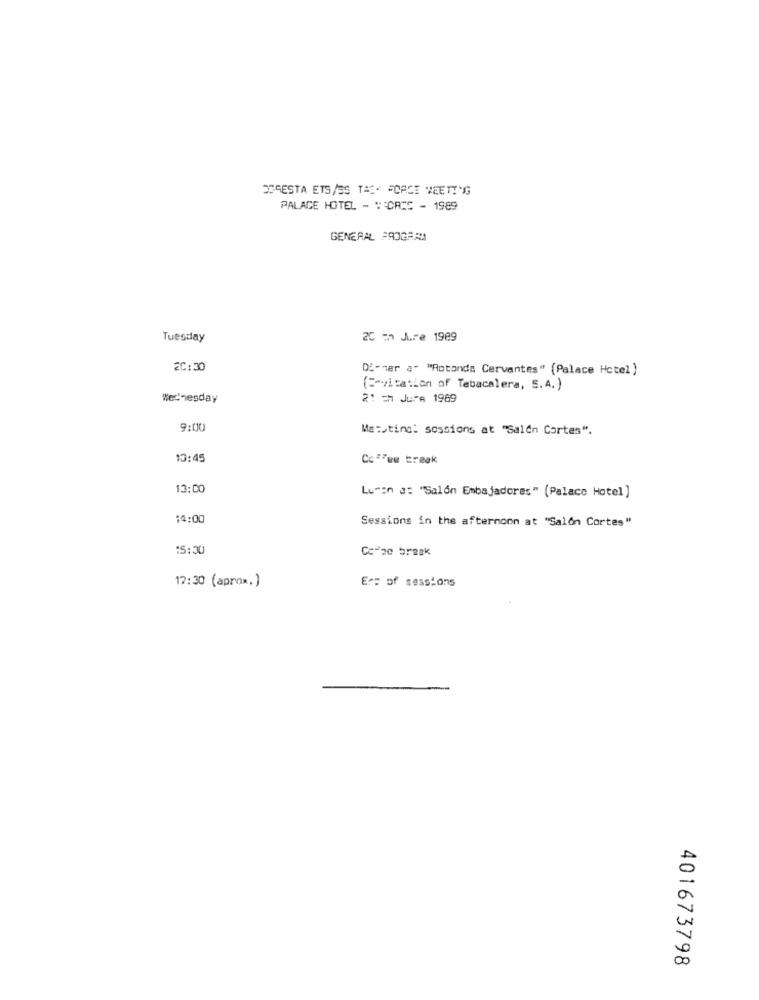
DOSESTA ETS/ES THE FORCE MEETING
PALACE HOTEL - Y'CRIC - 1989
GENERAL PROGRAM
Tuesday
20 z Jure 1989
20:30
Di-mer a- "Rotonda Cervantes" (Palace Hotel )
( =- vitation of Tabacalera, S.A.)
Wednesday
21 =h Jure 1969
9:00
Matsting: sessions at "Salen Cortes".
10:45
Cc"Fue creak
13:00
Lumen a: "Salón Embajadores" (Palace Hotel ]
14:00
Sessions in the afternoon at "Salon Cortes"
15:30
Co-20 break
17:30 (aprox,)
Er= of sessions
401673798